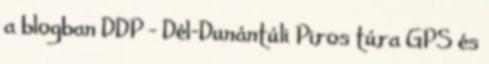
a blogban DDP - Dél-Dunántúli Piros túra GPS és